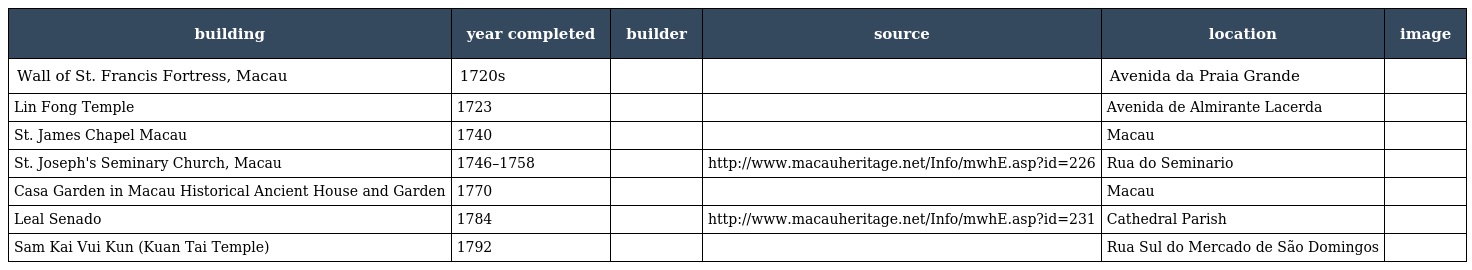
| building | year completed | builder | source | location | image |
 | --- | --- | --- | --- | --- | --- |
 | Wall of St. Francis Fortress, Macau | 1720s |  |  | Avenida da Praia Grande |  |
 | Lin Fong Temple | 1723 |  |  | Avenida de Almirante Lacerda |  |
 | St. James Chapel Macau | 1740 |  |  | Macau |  |
 | St. Joseph's Seminary Church, Macau | 1746–1758 |  | http://www.macauheritage.net/Info/mwhE.asp?id=226 | Rua do Seminario |  |
 | Casa Garden in Macau Historical Ancient House and Garden | 1770 |  |  | Macau |  |
 | Leal Senado | 1784 |  | http://www.macauheritage.net/Info/mwhE.asp?id=231 | Cathedral Parish |  |
 | Sam Kai Vui Kun (Kuan Tai Temple) | 1792 |  |  | Rua Sul do Mercado de São Domingos |  |